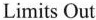
Limits Out